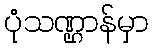
ပုံသဏ္ဌာန်မှာ